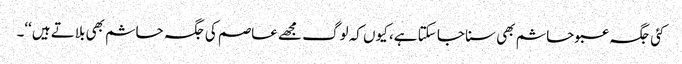
کئی جگہ عبو حاشم بھی سنا جا سکتا ہے، کیوں کہ لوگ مجھے عاصم کی جگہ حاشم بھی بلاتے ہیں‘‘۔